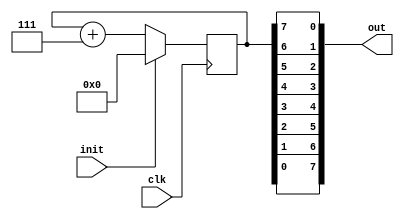
module ck (
    clk,init,out
);
    input               clk;   
    input               init;
    output  [7:0]       out;
    
    reg     [7:0]       temp;

    always @(posedge clk) begin
        if (init) 
            temp <= 8'b00000000;
        else temp <= temp + 8'b00000111;
    end

    assign out = {temp[0],temp[1],temp[2],temp[3],temp[4],temp[5],temp[6],temp[7]};
endmodule